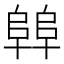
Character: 𱀝